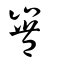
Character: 𡾿